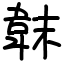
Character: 韎